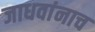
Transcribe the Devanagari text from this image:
जाधवांनाच